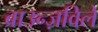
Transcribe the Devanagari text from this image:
ब्राउन्ज़विले